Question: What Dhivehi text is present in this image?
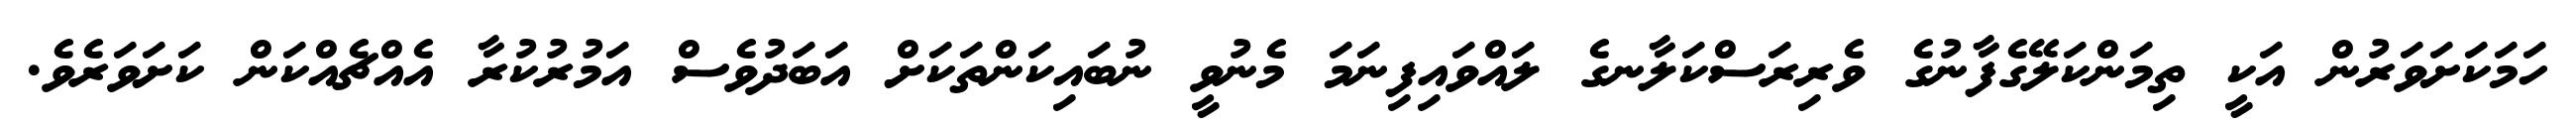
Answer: ހަމަކަށަވަރުން އަކީ ތިމަންކަލޭގެފާނުގެ ވެރިރަސްކަލާނގެ ލައްވައިފިނަމަ މެނުވީ ނުބައިކަންތަކަށް އަބަދުވެސް އަމުރުކުރާ އެއްޗެއްކަން ކަށަވަރެވެ.